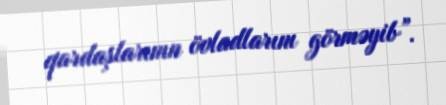
qardaşlarının övladlarını görməyib”.